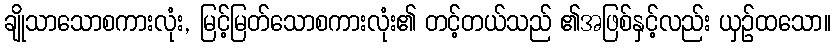
ချိုသာသောစကားလုံး, မြင့်မြတ်သောစကားလုံး၏ တင့်တယ်သည် ၏အဖြစ်နှင့်လည်း ယှဉ်ထသော။